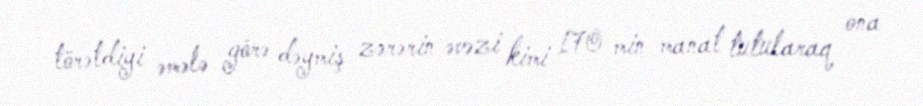
törətdiyi əmələ görə dəymiş zərərin əvəzi kimi 170 min manat tutularaq ona